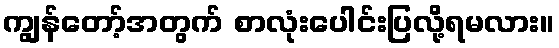
ကျွန်တော့်အတွက် စာလုံးပေါင်းပြလို့ရမလား။